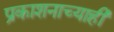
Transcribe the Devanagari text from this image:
प्रकाशनाच्याही